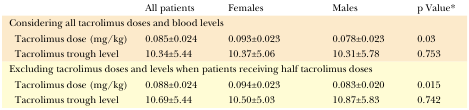
|  | All patients | Females | Males | p Value* |
 | --- | --- | --- | --- | --- |
 | <COLSPAN=5> Considering all tacrolimus doses and blood levels |
 | Tacrolimus dose (mg/kg) | 0.085±0.024 | 0.093±0.023 | 0.078±0.023 | 0.03 |
 | Tacrolimus trough level | 10.34±5.44 | 10.37±5.06 | 10.31±5.78 | 0.753 |
 | <COLSPAN=5> Excluding tacrolimus doses and levels when patients receiving half tacrolimus doses |
 | Tacrolimus dose (mg/kg) | 0.088±0.024 | 0.094±0.023 | 0.083±0.020 | 0.015 |
 | Tacrolimus trough level | 10.69±5.44 | 10.50±5.03 | 10.87±5.83 | 0.742 |